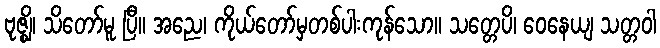
ဗုဇ္ဈိ၊ သိတော်မူ ပြီ။ အညေ၊ ကိုယ်တော်မှတစ်ပါးကုန်သော။ သတ္တေပိ၊ ဝေနေယျ သတ္တဝါ